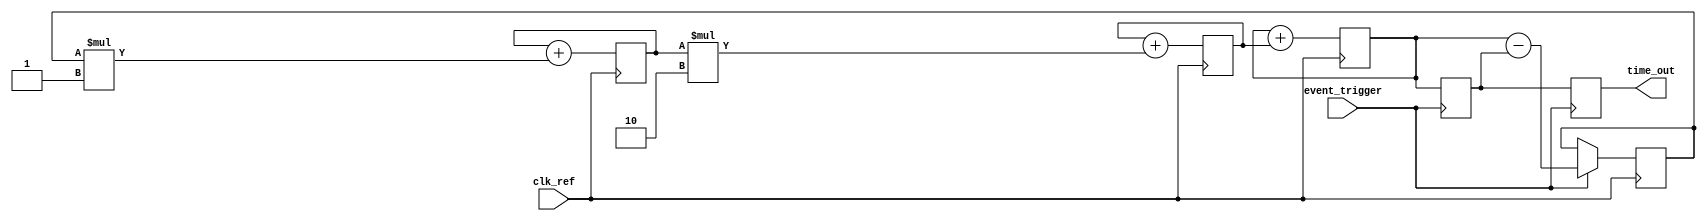
module TDC_PLL (
    input wire clk_ref,        // Reference clock input
    input wire event_trigger,  // Input event signal to time
    output reg [15:0] time_out // Digital output representing the measured time interval
);

// PLL components (for simulation purposes)
reg [15:0] phase_error;          // Phase error signal
reg [15:0] vco_output;            // VCO output
reg [15:0] control_voltage;       // Control voltage for VCO
reg [15:0] vco_freq;             // Frequency tracking for VCO
reg [15:0] latch_sample;          // Sampled value at trigger event

// PLL parameters
parameter VCO_GAIN = 2;          // Gain for VCO
parameter LOOP_FILTER_GAIN = 1;  // Gain for loop filter

// Initialize VCO frequency
initial begin
    vco_freq = 16'b0000000000000001; // Initial VCO frequency
    control_voltage = 0;
end

// Phase Detector
always @(posedge clk_ref) begin
    // Simple phase error detection
    if (event_trigger) begin
        phase_error <= vco_output - latch_sample; // Calculate phase error
    end
end

// Loop Filter
always @(posedge clk_ref) begin
    control_voltage <= control_voltage + (phase_error * LOOP_FILTER_GAIN);
end

// Voltage Controlled Oscillator (VCO)
always @(posedge clk_ref) begin
    vco_freq <= vco_freq + (control_voltage * VCO_GAIN); // Adjust frequency
    vco_output <= vco_output + vco_freq; // Simulate VCO output
end

// Sampling Mechanism
always @(posedge event_trigger) begin
    latch_sample <= vco_output; // Latch VCO output on event trigger
end

// Digital Output Generation
always @(posedge event_trigger) begin
    time_out <= latch_sample; // Output the sampled value as TDC measurement
end

endmodule